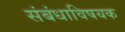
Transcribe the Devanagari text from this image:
संबंधाविषयक